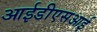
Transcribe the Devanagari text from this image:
आईडीएसआई